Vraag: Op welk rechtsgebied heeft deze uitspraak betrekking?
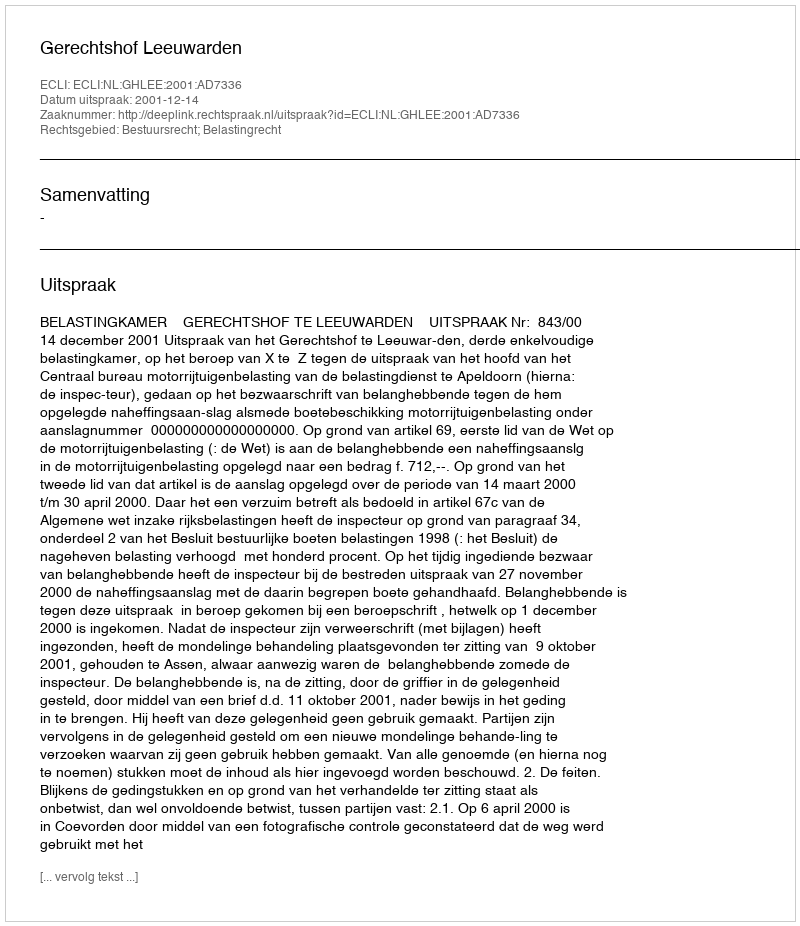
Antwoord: Bestuursrecht; Belastingrecht